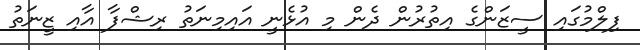
ފިލްމުގައި ސީޒަންގެ އިތުރުން ދެން މި އުޅެނީ އައިމިނަތު ރިޝްފާ އާއި ޒީނަތު